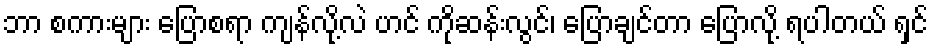
ဘာ စကားများ ပြောစရာ ကျန်လို့လဲ ဟင် ကိုဆန်းလွင်၊ ပြောချင်တာ ပြောလို့ ရပါတယ် ရှင်